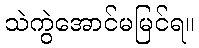
သဲကွဲအောင်မမြင်ရ။